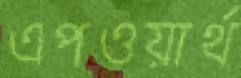
এপওয়ার্থ